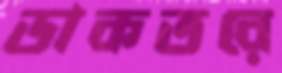
ডাকতরে